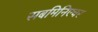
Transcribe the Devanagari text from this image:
सबमिनिएचर